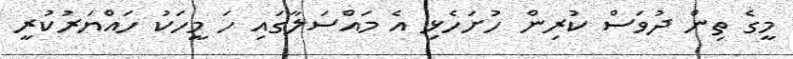
މީގެ ތިން ދުވަސް ކުރިން ހުށަހެޅި އެ މައްސަލާގައި ހަ މީހަކު ހައްޔަރުކުރީ